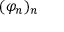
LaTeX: ( \varphi _ { n } ) _ { n }